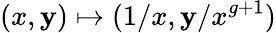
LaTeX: (x,\mathbf{y})\mapsto(1/x,\mathbf{y}/x^{g+1})